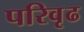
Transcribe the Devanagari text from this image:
परिवृढ